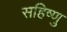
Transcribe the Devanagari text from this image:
सहिष्‍णु